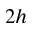
2 h